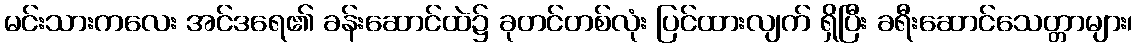
မင်းသားကလေး အင်ဒရေ၏ ခန်းဆောင်ထဲ၌ ခုတင်တစ်လုံး ပြင်ထားလျက် ရှိပြီး ခရီးဆောင်သေတ္တာများ၊